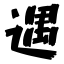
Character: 遇